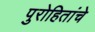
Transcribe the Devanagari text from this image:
पुरोहितांचे